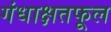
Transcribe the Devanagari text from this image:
गंधाक्षतफूल